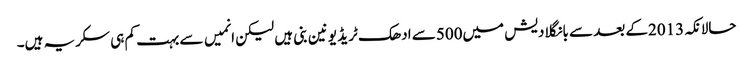
حالانکہ2013کے بعد سے بانگلادیش میں500سے ادھک ٹریڈ یونین بنی ہیں لیکن انمیں سے بہت کم ہی سکریہ ہیں۔